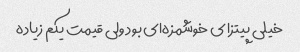
خیلی پیتزا ی خوشمزه‌ای بود ولی قیمت یکم زیاده